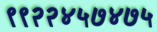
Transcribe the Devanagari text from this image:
९९२२४५७४७५